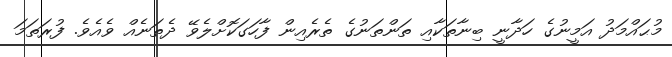
މުޙައްމަދު އަމީނުގެ ހަދާނީ ބިނާތަކާއި ތަންތަނުގެ ތެރެއިން ފާހަގަކޮށްލެވޭ ދެތަނެއް ވެއެވެ. ފުރަތަމަ